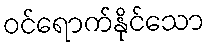
ဝင်ရောက်နိုင်သော